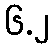
၆.၂